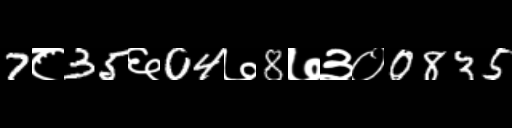
Text: 7८35६04७8७३०0835